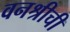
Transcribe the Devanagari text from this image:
वनश्रीची